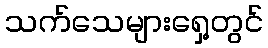
သက်သေများရှေ့တွင်